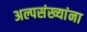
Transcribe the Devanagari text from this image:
अल्पसंख्यांना